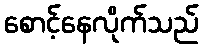
စောင့်နေလိုက်သည်